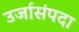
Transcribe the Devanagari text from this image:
उर्जासंपदा